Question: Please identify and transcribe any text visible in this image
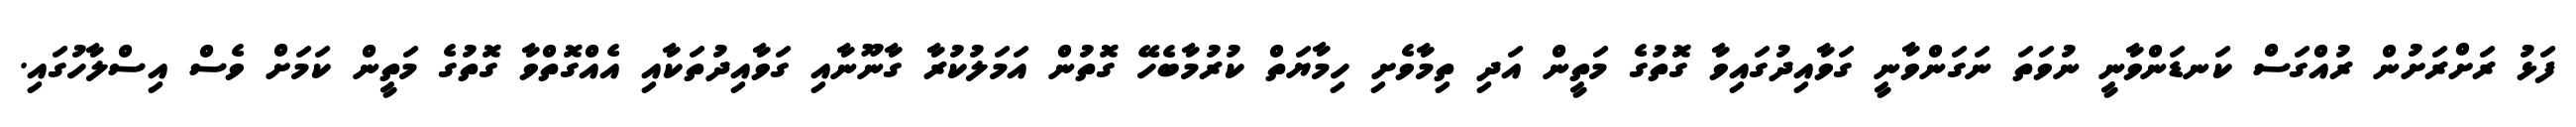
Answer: ފަޅު ރަށްރަށުން ރުއްގަސް ކަނޑަންވާނީ ނުވަތަ ނަގަންވާނީ ގަވާއިދުގައިވާ ގޮތުގެ މަތީން އަދި ތިމާވެށި ހިމާޔަތް ކުރުމާބެހޭ ގޮތުން އަމަލުކުރާ ގާނޫނާއި ގަވާއިދުތަކާއި އެއްގޮތްވާ ގޮތުގެ މަތީން ކަމަށް ވެސް އިސްލާހުގައި.